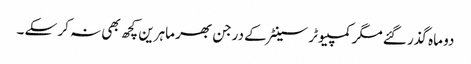
دو ماہ گذر گئے مگر کمپیوٹر سینٹر کے درجن بھر ماہرین کچھ بھی نہ کر سکے ۔